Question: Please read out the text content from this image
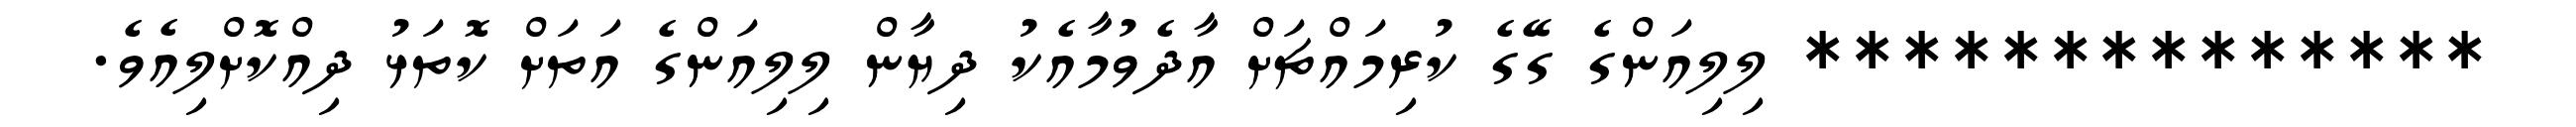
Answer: ************** ލިލިއަންގެ ގޭގެ ކުރިމައްޗަށް އާދެވުމާއެކު ދިޔާން ލިލިއަންގެ އަތަށް ކޮތަޅު ދިއްކޮށްލިއެވެ.